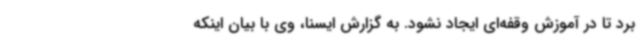
برد تا در آموزش وقفه‌ای ایجاد نشود. به گزارش ایسنا، وی با بیان اینکه